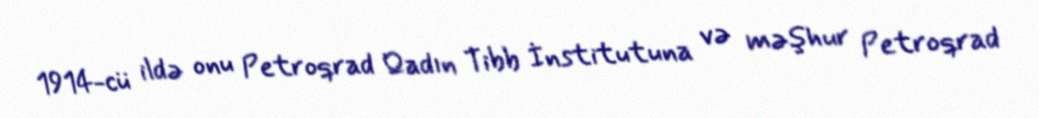
1914-cü ildə onu Petroqrad Qadın Tibb İnstitutuna və məşhur Petroqrad